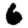
Digit: 6